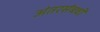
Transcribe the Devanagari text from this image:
अंतरसंबधों